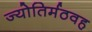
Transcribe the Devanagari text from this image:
ज्योतिर्मठवह